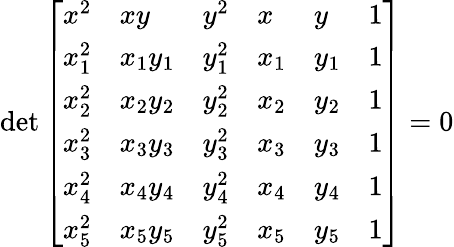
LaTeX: \operatorname*{det}{\left[\begin{array}{llllll}{x^{2}}&{xy}&{y^{2}}&{x}&{y}&{1}\\ {x_{1}^{2}}&{x_{1}y_{1}}&{y_{1}^{2}}&{x_{1}}&{y_{1}}&{1}\\ {x_{2}^{2}}&{x_{2}y_{2}}&{y_{2}^{2}}&{x_{2}}&{y_{2}}&{1}\\ {x_{3}^{2}}&{x_{3}y_{3}}&{y_{3}^{2}}&{x_{3}}&{y_{3}}&{1}\\ {x_{4}^{2}}&{x_{4}y_{4}}&{y_{4}^{2}}&{x_{4}}&{y_{4}}&{1}\\ {x_{5}^{2}}&{x_{5}y_{5}}&{y_{5}^{2}}&{x_{5}}&{y_{5}}&{1}\end{array}\right]}=0